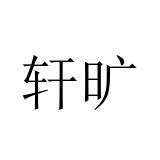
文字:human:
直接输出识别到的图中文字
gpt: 轩旷